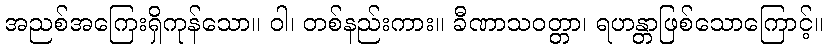
အညစ်အကြေးရှိကုန်သော။ ဝါ၊ တစ်နည်းကား။ ခီဏာသဝတ္တာ၊ ရဟန္တာဖြစ်သောကြောင့်။